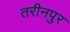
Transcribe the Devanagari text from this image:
तरीनपुर